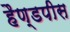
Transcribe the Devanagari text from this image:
हैण्डपीस